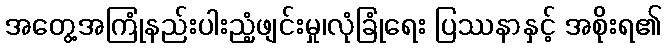
အတွေ့အကြုံနည်းပါးညံ့ဖျင်းမှု၊လုံခြုံရေး ပြဿနာနှင့် အစိုးရ၏